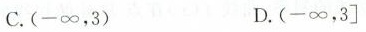
C.(-\infty ，3) D.(-\infty ，3]